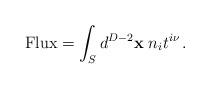
LaTeX: \begin{align*}{\rm Flux}=\int_{S} d^{D-2}{\bf x} \;n_i t^{i \nu} \,. \end{align*}